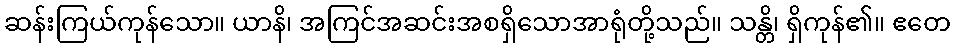
ဆန်းကြယ်ကုန်သော။ ယာနိ၊ အကြင်အဆင်းအစရှိသောအာရုံတို့သည်။ သန္တိ၊ ရှိကုန်၏။ ဧတေ